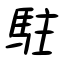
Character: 駐